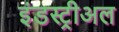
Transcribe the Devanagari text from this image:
इंडस्ट्रीअल